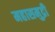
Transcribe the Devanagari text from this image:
महासमुद्री